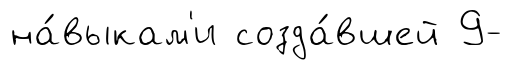
на́выкам'и созда́вшей 9-